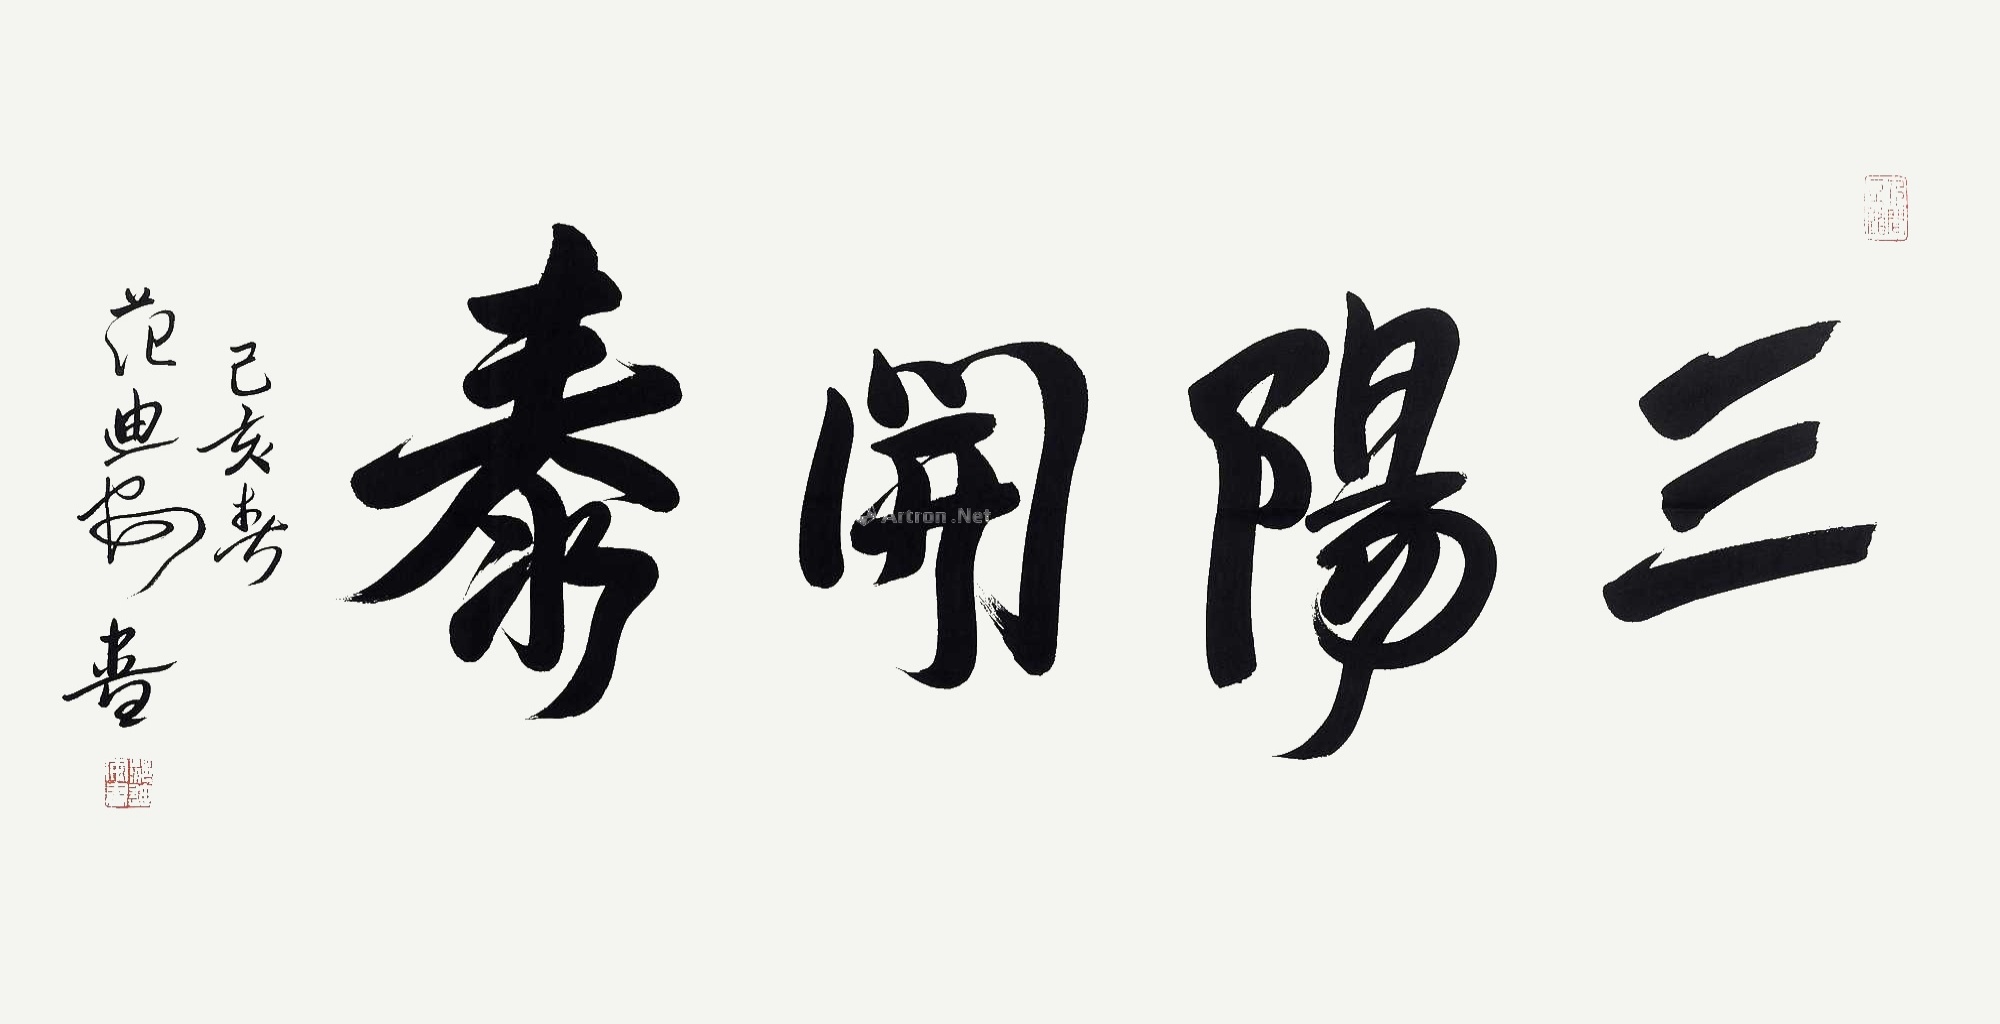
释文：三阳开泰。己亥春范迪安书。